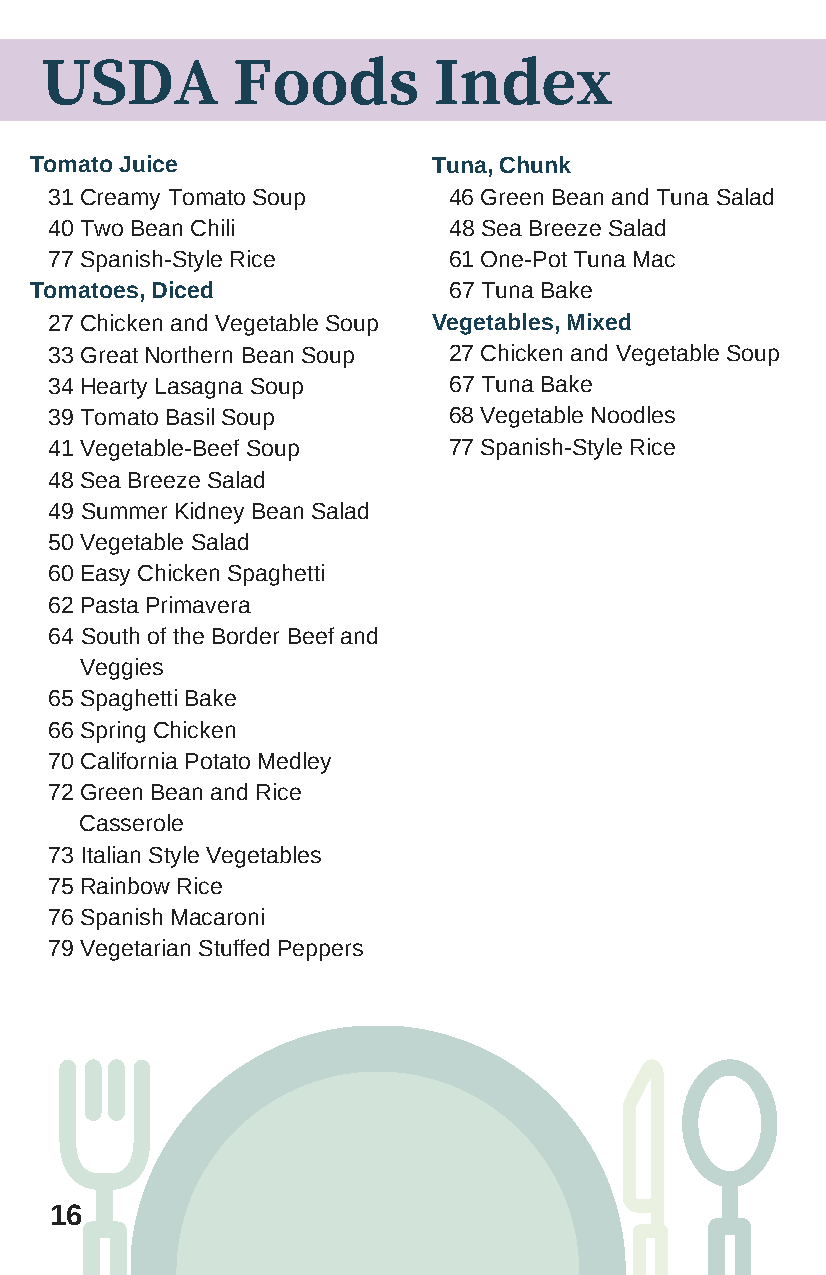
USDA        Foods         Index
 Tomato Juice               Tuna, Chunk
 31 Creamy Tomato Soup      46 Green Bean and Tuna Salad
 40 Two Bean Chili          48 Sea Breeze Salad
 77 Spanish-Style Rice      61 One-Pot Tuna Mac
 Tomatoes, Diced             67 Tuna Bake
 27 Chicken and Vegetable Soup Vegetables, Mixed
 33 Great Northern Bean Soup 27 Chicken and Vegetable Soup
 34 Hearty Lasagna Soup     67 Tuna Bake
 39 Tomato Basil Soup       68 Vegetable Noodles
 41 Vegetable-Beef Soup     77 Spanish-Style Rice
 48 Sea Breeze Salad
 49 Summer Kidney Bean Salad
 50 Vegetable Salad
 60 Easy Chicken Spaghetti
 62 Pasta Primavera
 64 South of the Border Beef and
 Veggies
 65 Spaghetti Bake
 66 Spring Chicken
 70 California Potato Medley
 72 Green Bean and Rice
 Casserole
 73 Italian Style Vegetables
 75 Rainbow Rice
 76 Spanish Macaroni
 79 Vegetarian Stuffed Peppers
 16